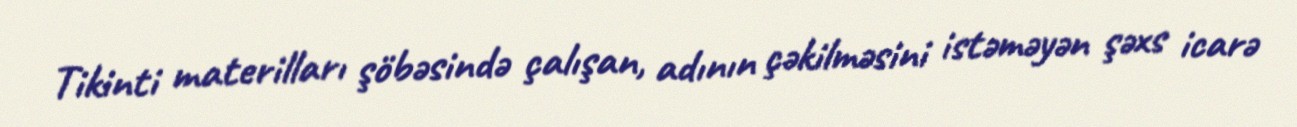
Tikinti materilları şöbəsində çalışan, adının çəkilməsini istəməyən şəxs icarə